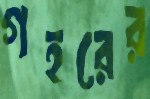
গহরের